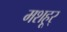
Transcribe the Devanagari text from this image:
मशहूर्